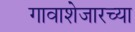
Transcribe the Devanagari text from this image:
गावाशेजारच्या